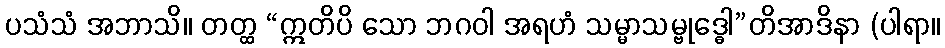
ပသံသံ အဘာသိ။ တတ္ထ “ဣတိပိ သော ဘဂဝါ အရဟံ သမ္မာသမ္ဗုဒ္ဓေါ”တိအာဒိနာ (ပါရာ။